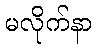
မလိုက်နာ